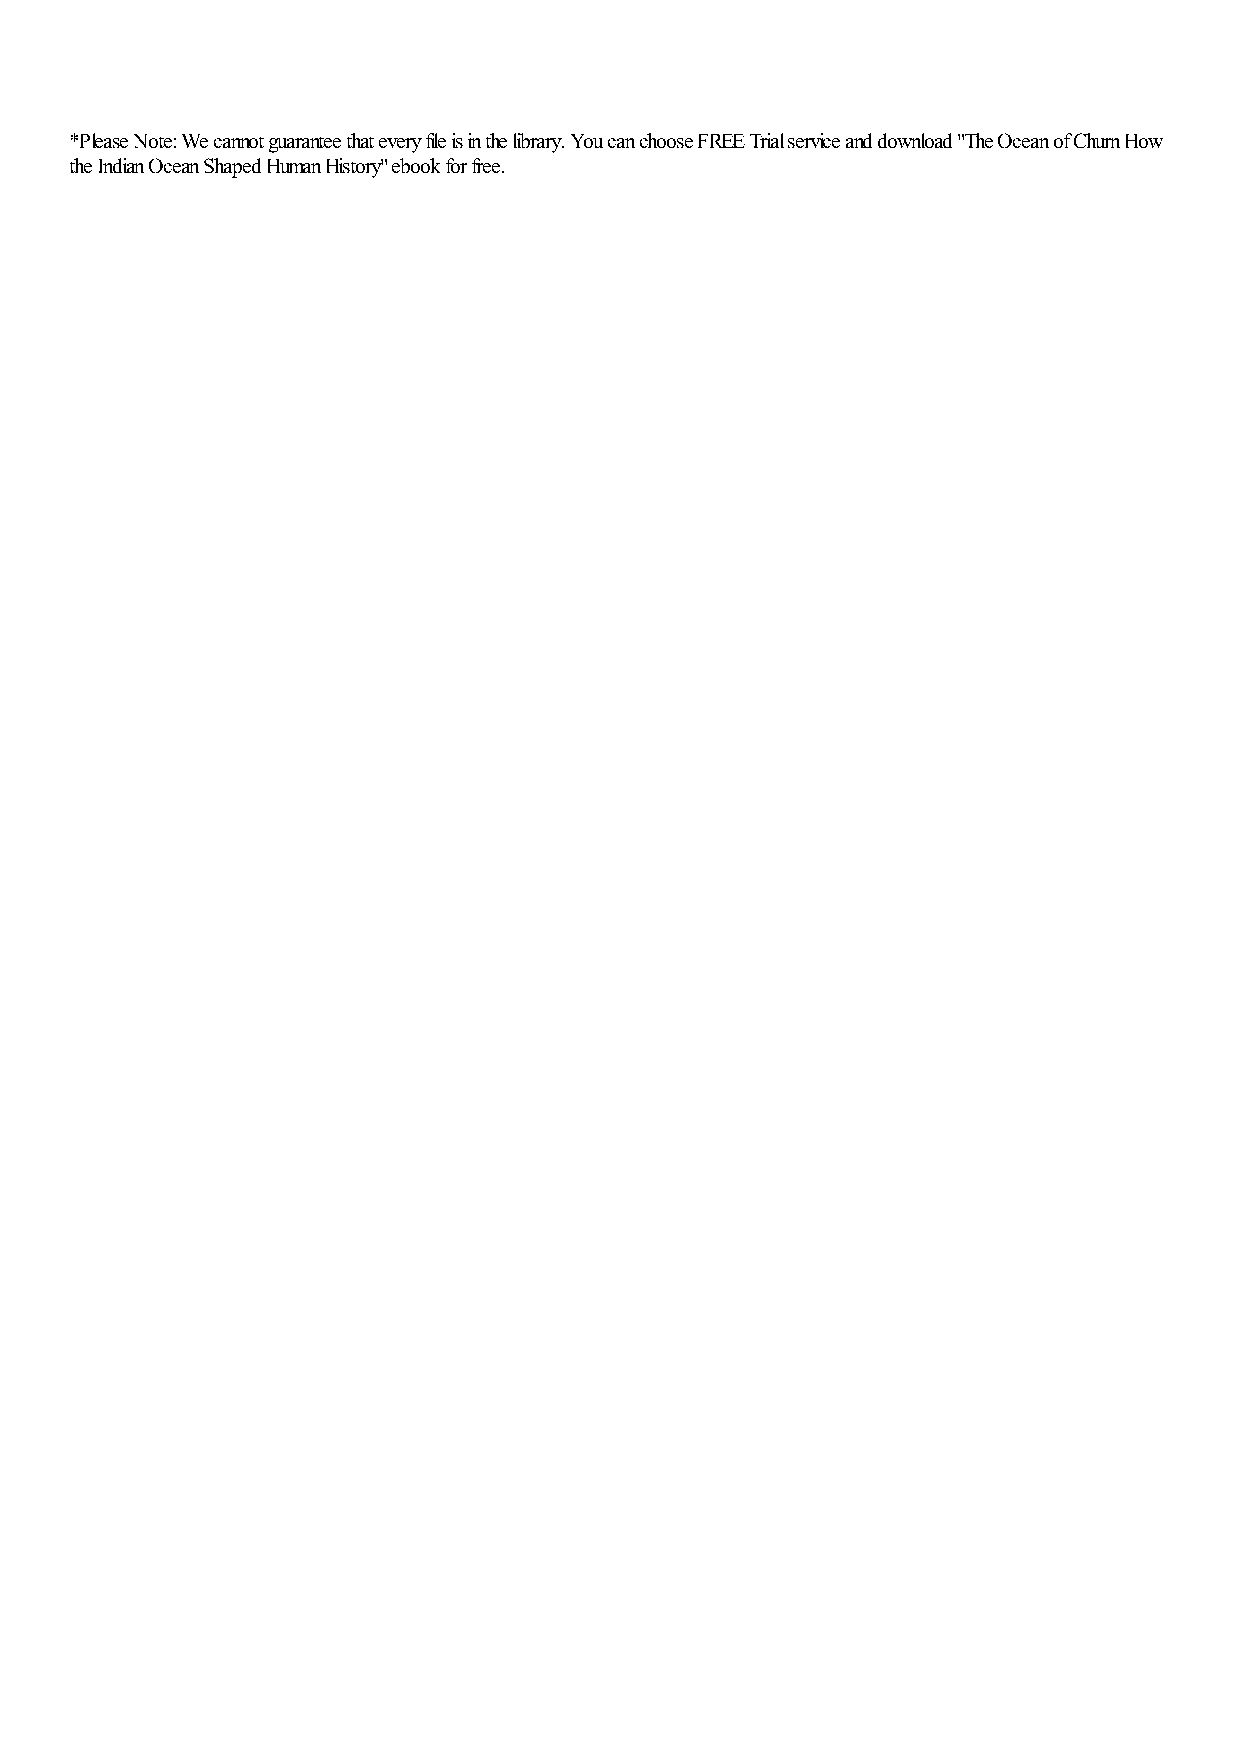
*Please Note: We cannot guarantee that every file is in the library. You can choose FREE Trial service and download "The Ocean of Churn How
 the Indian Ocean Shaped Human History" ebook for free.